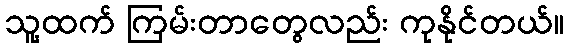
သူ့ထက် ကြမ်းတာတွေလည်း ကုနိုင်တယ်။